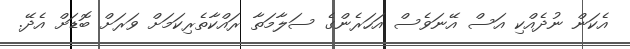
އެކަން ނުދެއްކި އަސް އޭނަވެސް އަހަރެންގެ ސަލާމަތާ ރައްކާތެރިކަމަށް ވަރަށް ބޮޑަށް އެދޭ.